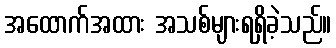
အထောက်အထား အသစ်များရရှိခဲ့သည်။